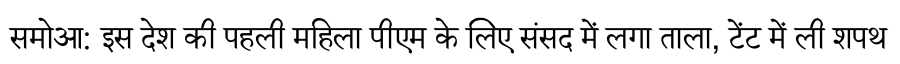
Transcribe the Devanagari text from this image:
समोआ: इस देश की पहली महिला पीएम के लिए संसद में लगा ताला, टेंट में ली शपथ